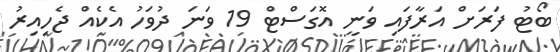
ބޯޓު ފަރަށް އަރާފައި ވަނީ އޮގަސްޓް 19 ވަނަ ދުވަހު އެކެއް ޖެހިއިރު